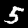
Label: 5